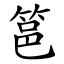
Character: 䇼